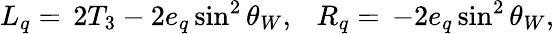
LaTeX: L_{q}=\, 2T_{3}-2e_{q}\sin^{2}\theta_{W},~~~R_{q}=\, -2e_{q}\sin^{2}\theta_{W},